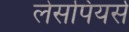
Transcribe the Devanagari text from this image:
लेसपियर्स